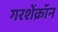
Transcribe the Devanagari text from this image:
गरशेंक्रॉन